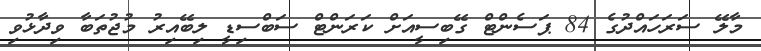
މާލޭ ސަރަހައްދުގެ 84 ޕަސެންޓް ގޭބިސީއަށް ކަރަންޓް ސަބްސިޑީ ލިބޭއިރު މުޖުތަބާ ވިދާޅުވި